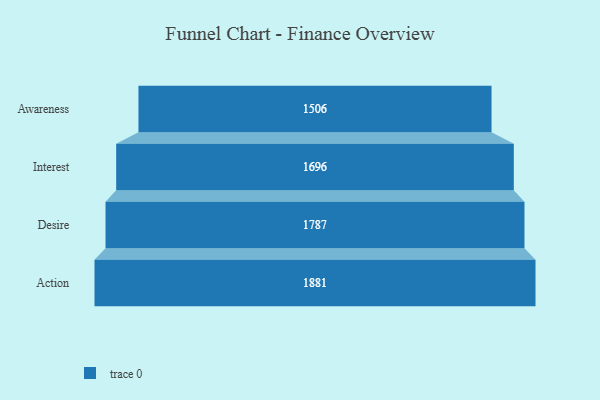
{"axis": {"x": "Stage", "y": "Value"}, "legend": [""], "data": [{"x": "Awareness", "y": 1506.0, "type": ""}, {"x": "Interest", "y": 1696.0, "type": ""}, {"x": "Desire", "y": 1787.0, "type": ""}, {"x": "Action", "y": 1881.0, "type": ""}]}